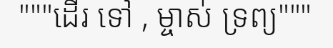
"""ដើរ ទៅ , ម្ចាស់ ទ្រព្យ"""